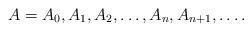
LaTeX: \begin{align*}A = A_0, A_1, A_2, \ldots, A_n, A_{n+1}, \ldots. \end{align*}